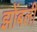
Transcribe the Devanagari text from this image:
झोंबली